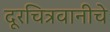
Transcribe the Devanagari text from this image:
दूरचित्रवानीचे